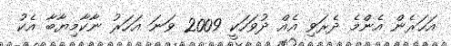
އަހަރެން އެންމެ ދެރަވި އެއް ދުވަހަކީ 2009 ވަނަ އަހަރު ނާކާމިޔާބާ އެކު